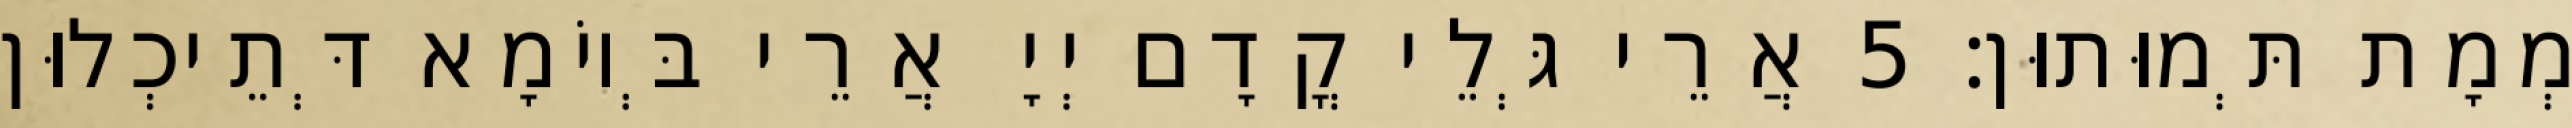
מְמָת תְּמוּתוּן׃ 5 אֲרֵי גְּלֵי קֳדָם יְיָ אֲרֵי בְּיוֹמָא דְּתֵיכְלוּן